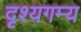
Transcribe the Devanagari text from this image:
दृश्यगम्य